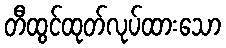
တီထွင်ထုတ်လုပ်ထားသော